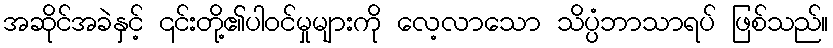
အဆိုင်အခဲနှင့် ၎င်းတို့၏ပါဝင်မှုများကို လေ့လာသော သိပ္ပံဘာသာရပ် ဖြစ်သည်။